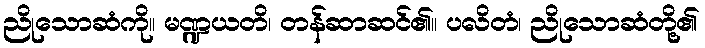
ညိုသောဆံကို။ မဏ္ဍယတိ၊ တန်ဆာဆင်၏။ ပလိတံ၊ ညိုသောဆံတို့၏